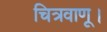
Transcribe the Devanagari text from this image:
चित्रवाणू।